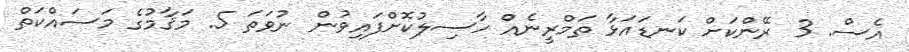
އެސް. 3 ރޭންކަށް ކަނޑައަޅާ ތަމްރީނެއް ހާސިލުކޮށްފައިވުން ނުވަތަ 5. މަޤާމުގެ މަސައްކަތް